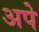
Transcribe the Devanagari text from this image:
अपे